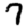
Digit: 7